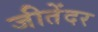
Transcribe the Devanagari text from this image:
जीतेंदर